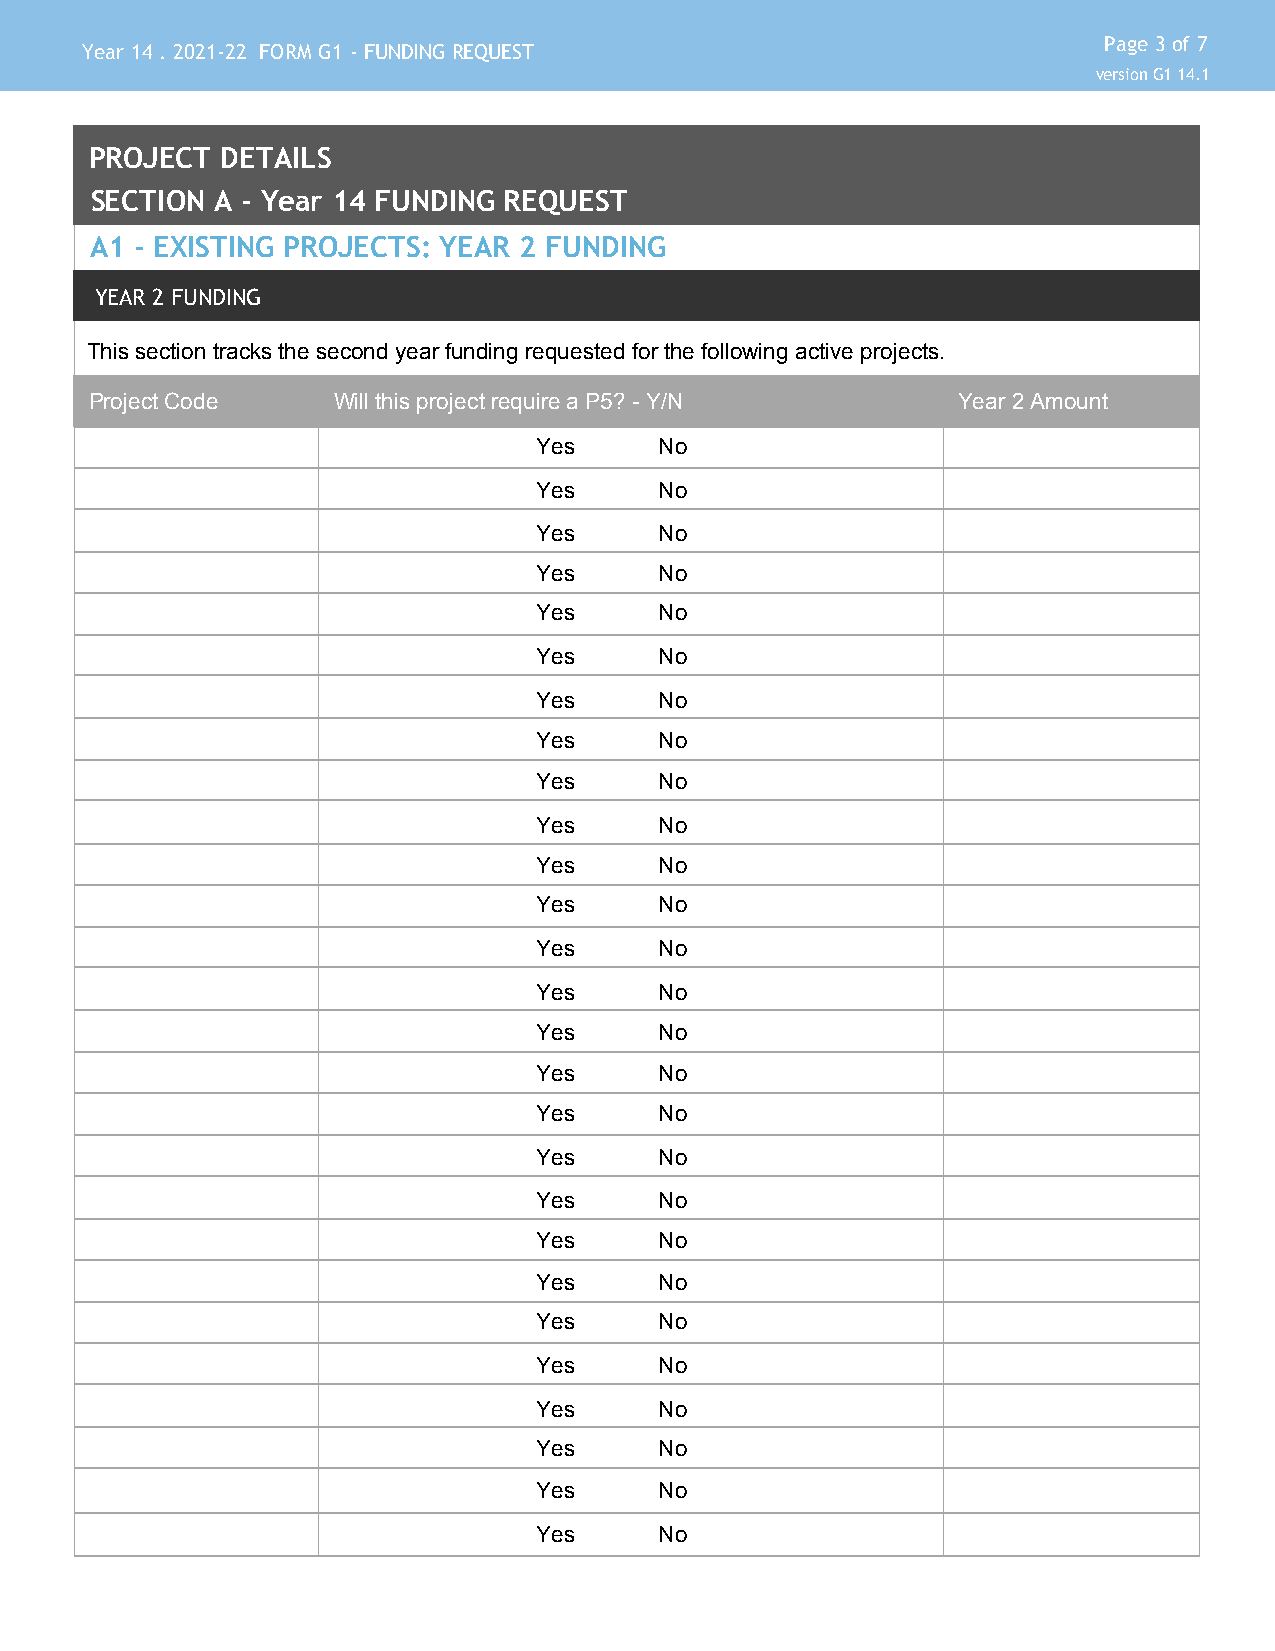
Page 3 of 7
 Year 14 . 2021-22 FORM G1 - FUNDING REQUEST
 version G1 14.1
 PROJECT  DETAILS
 SECTION A - Year 14 FUNDING REQUEST
 A1 - EXISTING PROJECTS: YEAR 2 FUNDING
 YEAR 2 FUNDING
 This section tracks the second year funding requested for the following active projects.
 Project Code    Will this project require a P5? - Y/N    Year 2 Amount
 Yes      No
 Yes      No
 Yes      No
 Yes      No
 Yes      No
 Yes      No
 Yes      No
 Yes      No
 Yes      No
 Yes      No
 Yes      No
 Yes      No
 Yes      No
 Yes      No
 Yes      No
 Yes      No
 Yes      No
 Yes      No
 Yes      No
 Yes      No
 Yes      No
 Yes      No
 Yes      No
 Yes      No
 Yes      No
 Yes      No
 Yes      No